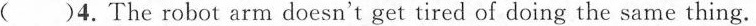
( )4.The robot arm doesn't get tired of doing the same thing.